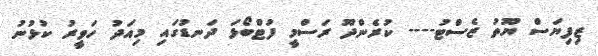
ޒިފިޔަސް ޔޫތު ޒެސްޓު---- ކުރެންދޫ ރަސްމީ ފުޓްބޯޅަ ދަނޑުގައި މިއަދު ހަވީރު ކުޅުނު